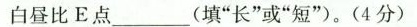
白昼比E点___(填”长”或”短”)。(4分)